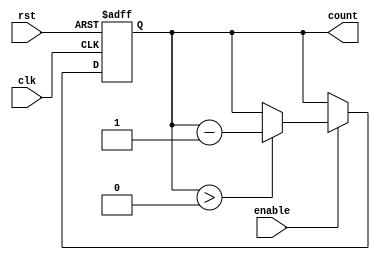
module decremental_counter (
    input wire clk,          // Clock signal
    input wire rst,          // Asynchronous reset signal
    input wire enable,       // Control signal to enable decrement
    output reg [7:0] count   // Current count value (8-bit)
);

    // Define the maximum value for the counter
    localparam MAX_VALUE = 8'd255; // 255 for an 8-bit counter

    // Asynchronous reset and decrement logic
    always @(posedge clk or posedge rst) begin
        if (rst) begin
            count <= MAX_VALUE; // Initialize to maximum value on reset
        end else if (enable) begin
            if (count > 0) begin
                count <= count - 1; // Decrement the count
            end
            // If count is already 0, it remains at 0
        end
    end

endmodule